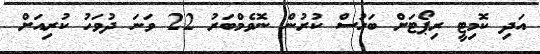
އަދި ކޮމިޓީ ރިޕޯޓަށް ބަހުސް ކުރުން ނޮވެމްބަރު 22 ވަނަ ދުވަހު ކުރިއަށް